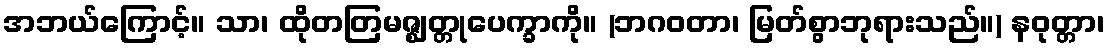
အဘယ်ကြောင့်။ သာ၊ ထိုတတြမဇ္ဈတ္တုပေက္ခာကို။ (ဘဂဝတာ၊ မြတ်စွာဘုရားသည်။) နဝုတ္တာ၊